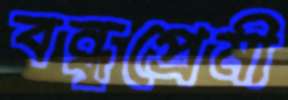
বন্ধুপ্রেমী